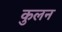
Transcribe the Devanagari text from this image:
कुलन